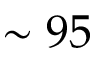
\sim 9 5